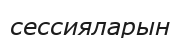
сессияларын